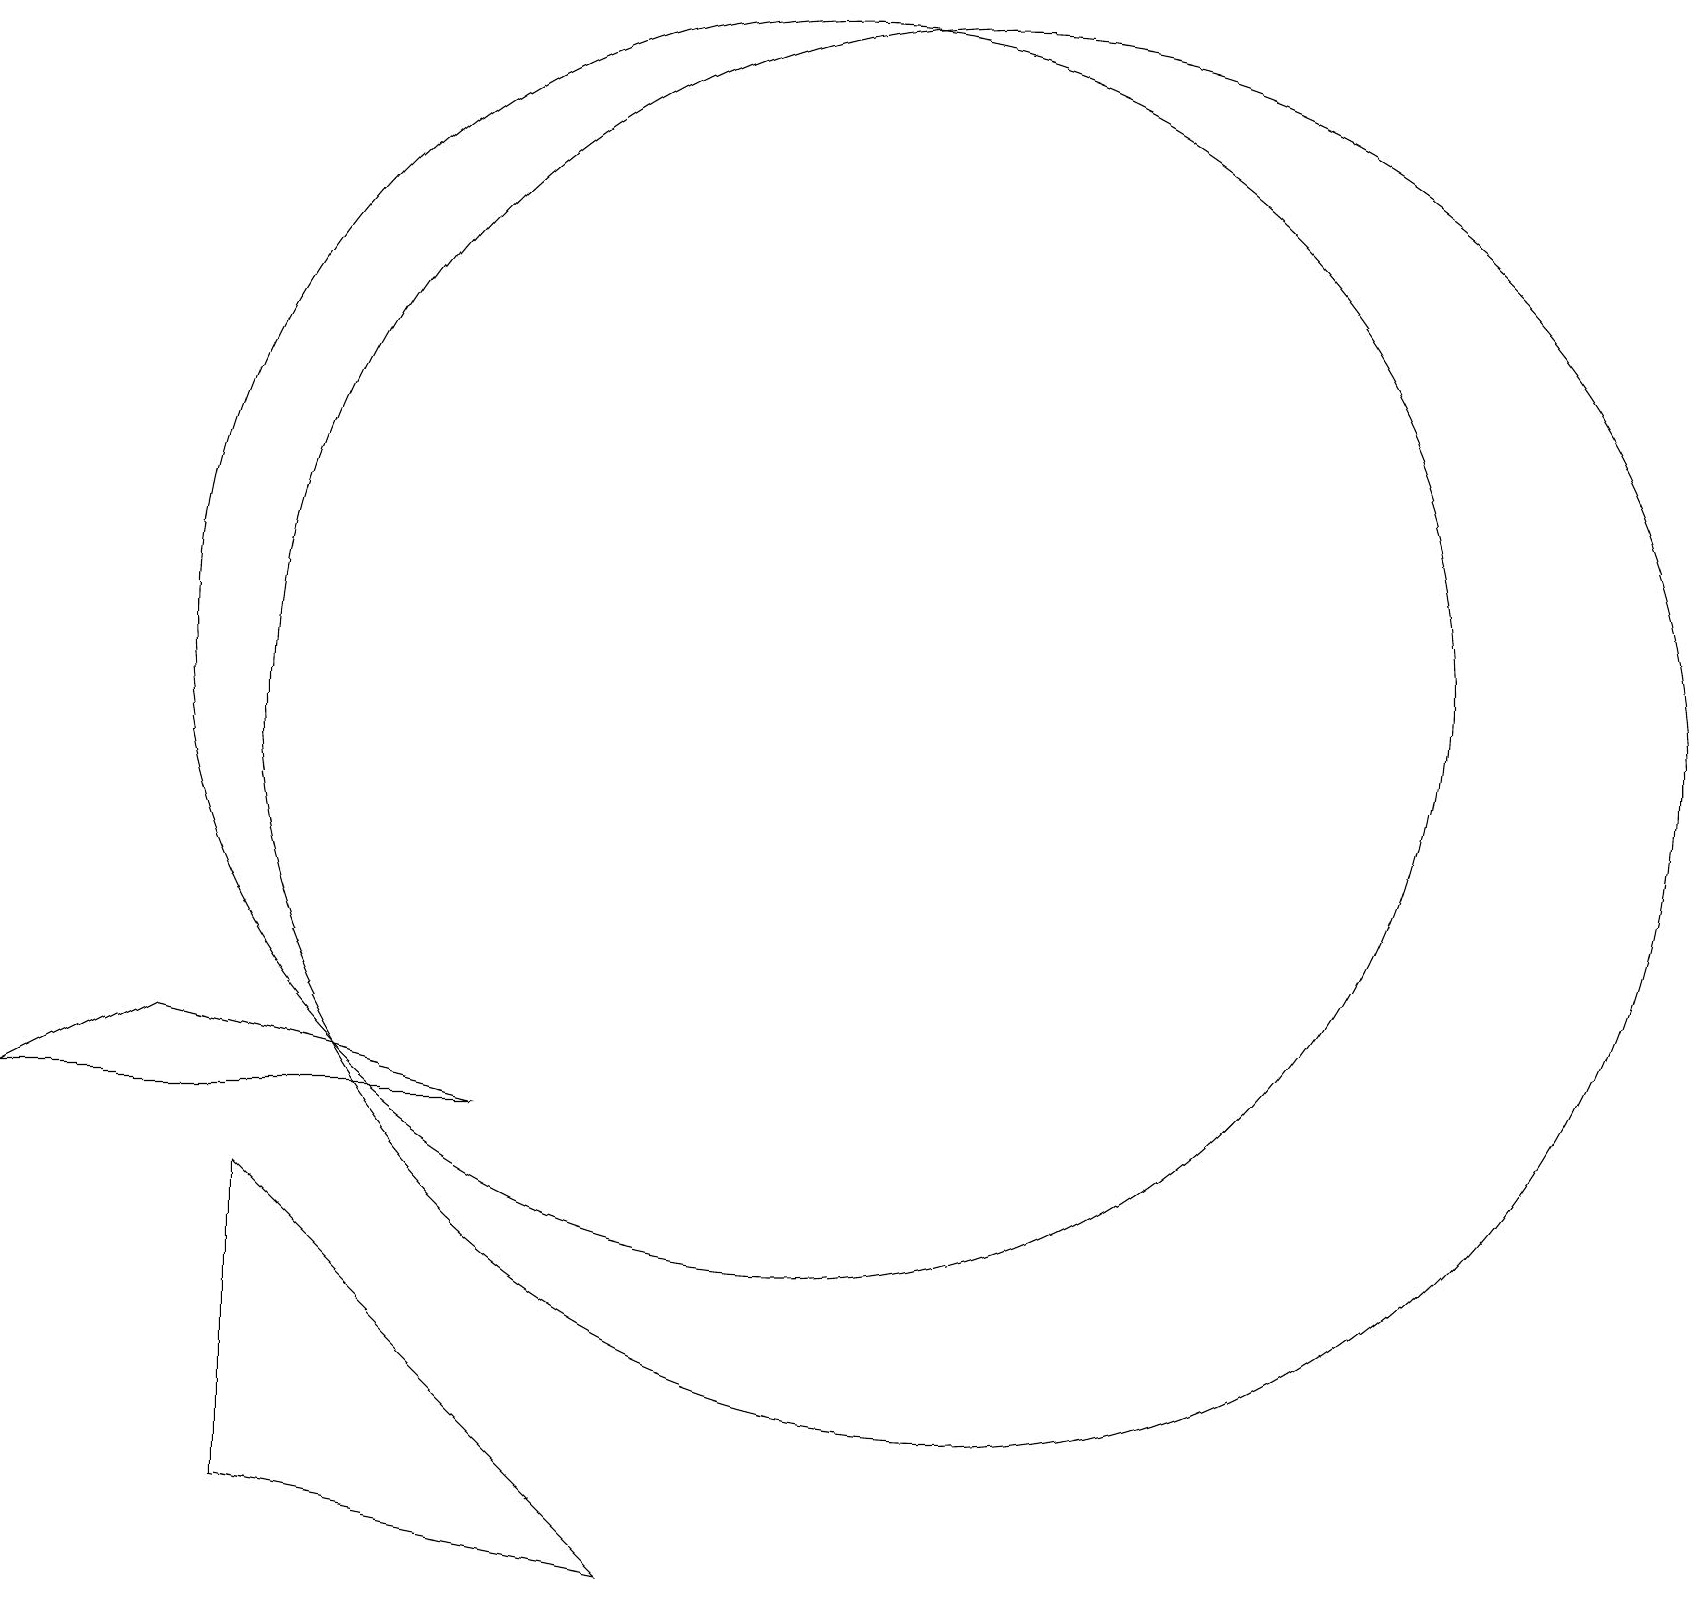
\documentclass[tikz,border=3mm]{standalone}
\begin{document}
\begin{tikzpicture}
\draw (3,5) -- (3,1) -- (8,0) -- cycle;
\draw (10,12) circle (8);
\draw (12,11) circle (9);
\draw (6,6) -- (0,6) -- (2,7) -- cycle;
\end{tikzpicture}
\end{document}